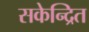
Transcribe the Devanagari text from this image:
सकेन्द्रित